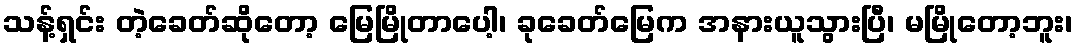
သန့်ရှင်း တဲ့ခေတ်ဆိုတော့ မြေမြိုတာပေါ့၊ ခုခေတ်မြေက အနားယူသွားပြီ၊ မမြိုတော့ဘူး၊